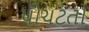
પોચટતા